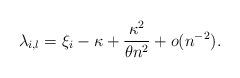
LaTeX: \begin{align*}\lambda_{i,l}=\xi_i-\kappa+\frac{\kappa^2}{\theta n^2}+o(n^{-2}).\end{align*}